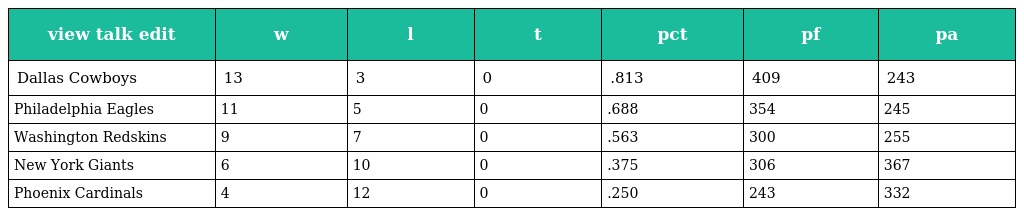
| view talk edit | w | l | t | pct | pf | pa |
 | --- | --- | --- | --- | --- | --- | --- |
 | Dallas Cowboys | 13 | 3 | 0 | .813 | 409 | 243 |
 | Philadelphia Eagles | 11 | 5 | 0 | .688 | 354 | 245 |
 | Washington Redskins | 9 | 7 | 0 | .563 | 300 | 255 |
 | New York Giants | 6 | 10 | 0 | .375 | 306 | 367 |
 | Phoenix Cardinals | 4 | 12 | 0 | .250 | 243 | 332 |